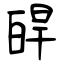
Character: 皔